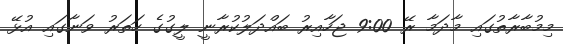
މިމުބާރާތުގައި މާދަމާ ރޭ 9:00 ޖަހާއިރު ބައްދަލުކުރާނީ ލީގުގެ ހަތަރު ވަނާގައި އުޅޭ